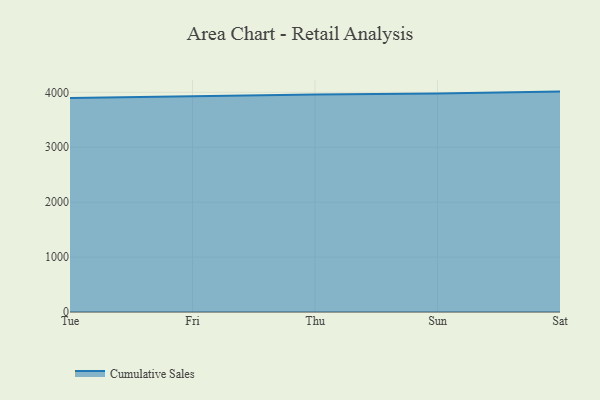
{"axis": {"x": "Day", "y": "Budget (USD K)"}, "legend": ["Cumulative Sales"], "data": [{"x": "Tue", "y": 3898.4, "type": "Cumulative Sales"}, {"x": "Fri", "y": 3935.8, "type": "Cumulative Sales"}, {"x": "Thu", "y": 3960.7, "type": "Cumulative Sales"}, {"x": "Sun", "y": 3981.0, "type": "Cumulative Sales"}, {"x": "Sat", "y": 4013.4, "type": "Cumulative Sales"}]}